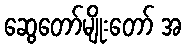
ဆွေတော်မျိုးတော် အ